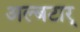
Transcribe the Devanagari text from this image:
अल्बटार्